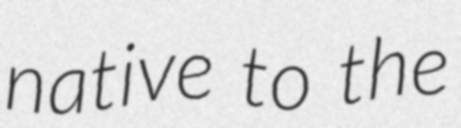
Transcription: native to the